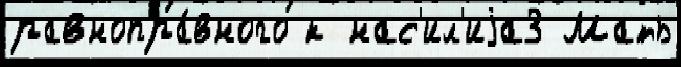
равнопра́вного к нас'ил'иjа3 Мать